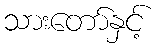
သားတော်နှင့်